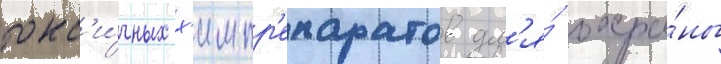
токс'и́чных х'импр'епаратов дл'я́ охра́ны